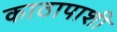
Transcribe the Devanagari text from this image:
काठापाशी